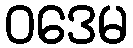
ဝဒေမ